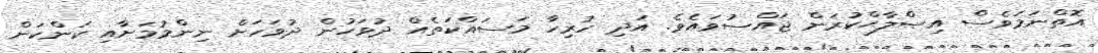
އޮތްނަމަވެސް އިޞްލާޙްކުރަން ޖައްސުވައެވެ. އަދި ހުރިހާ މަސައްކަތެއް ދުވަހުން ދުވަހަށް ނިންމުމަށާއި ކަންކަން